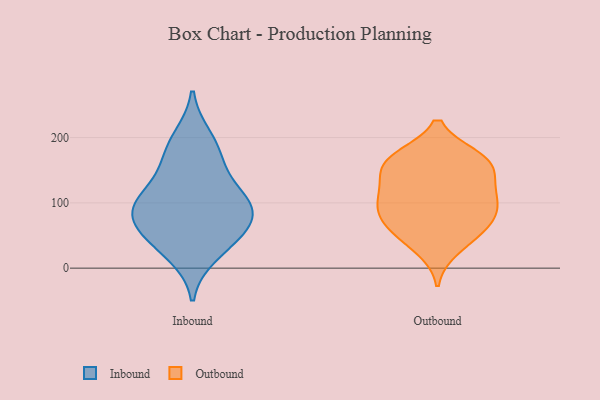
{"axis": {"x": "Bounce Rate (%)", "y": "Value"}, "legend": ["Inbound", "Outbound"], "data": [{"x": "", "y": 78, "type": "Inbound"}, {"x": "", "y": 44, "type": "Inbound"}, {"x": "", "y": 109, "type": "Inbound"}, {"x": "", "y": 115, "type": "Inbound"}, {"x": "", "y": 200, "type": "Inbound"}, {"x": "", "y": 178, "type": "Inbound"}, {"x": "", "y": 50, "type": "Inbound"}, {"x": "", "y": 87, "type": "Inbound"}, {"x": "", "y": 157, "type": "Inbound"}, {"x": "", "y": 98, "type": "Inbound"}, {"x": "", "y": 74, "type": "Inbound"}, {"x": "", "y": 21, "type": "Inbound"}, {"x": "", "y": 170, "type": "Outbound"}, {"x": "", "y": 88, "type": "Outbound"}, {"x": "", "y": 135, "type": "Outbound"}, {"x": "", "y": 68, "type": "Outbound"}, {"x": "", "y": 51, "type": "Outbound"}, {"x": "", "y": 153, "type": "Outbound"}, {"x": "", "y": 29, "type": "Outbound"}, {"x": "", "y": 124, "type": "Outbound"}, {"x": "", "y": 86, "type": "Outbound"}, {"x": "", "y": 56, "type": "Outbound"}, {"x": "", "y": 161, "type": "Outbound"}, {"x": "", "y": 169, "type": "Outbound"}, {"x": "", "y": 111, "type": "Outbound"}, {"x": "", "y": 108, "type": "Outbound"}, {"x": "", "y": 168, "type": "Outbound"}, {"x": "", "y": 87, "type": "Outbound"}]}